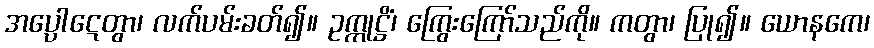
အပ္ပေါဋေတွာ၊ လက်ပမ်းခတ်၍။ ဥက္ကုဋ္ဌိံ၊ ကြွေးကြော်သည်ကို။ ကတွာ၊ ပြု၍။ ယောနကေ၊